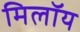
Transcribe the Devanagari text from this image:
मिलॉय